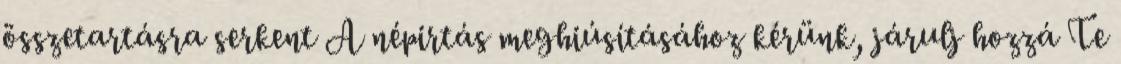
összetartásra serkent A népirtás meghiúsításához kérünk, járulj hozzá Te